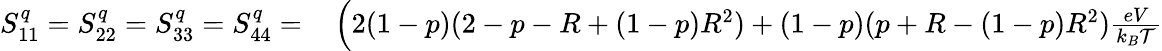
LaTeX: \begin{array}{rl}{S_{11}^{q}=S_{22}^{q}=S_{33}^{q}=S_{44}^{q}=}&{{}\left(2(1-p)(2-p-R+(1-p)R^{2})+(1-p)(p+R-(1-p)R^{2})\frac{eV}{k_{B}\mathcal{T}}\right.}\end{array}